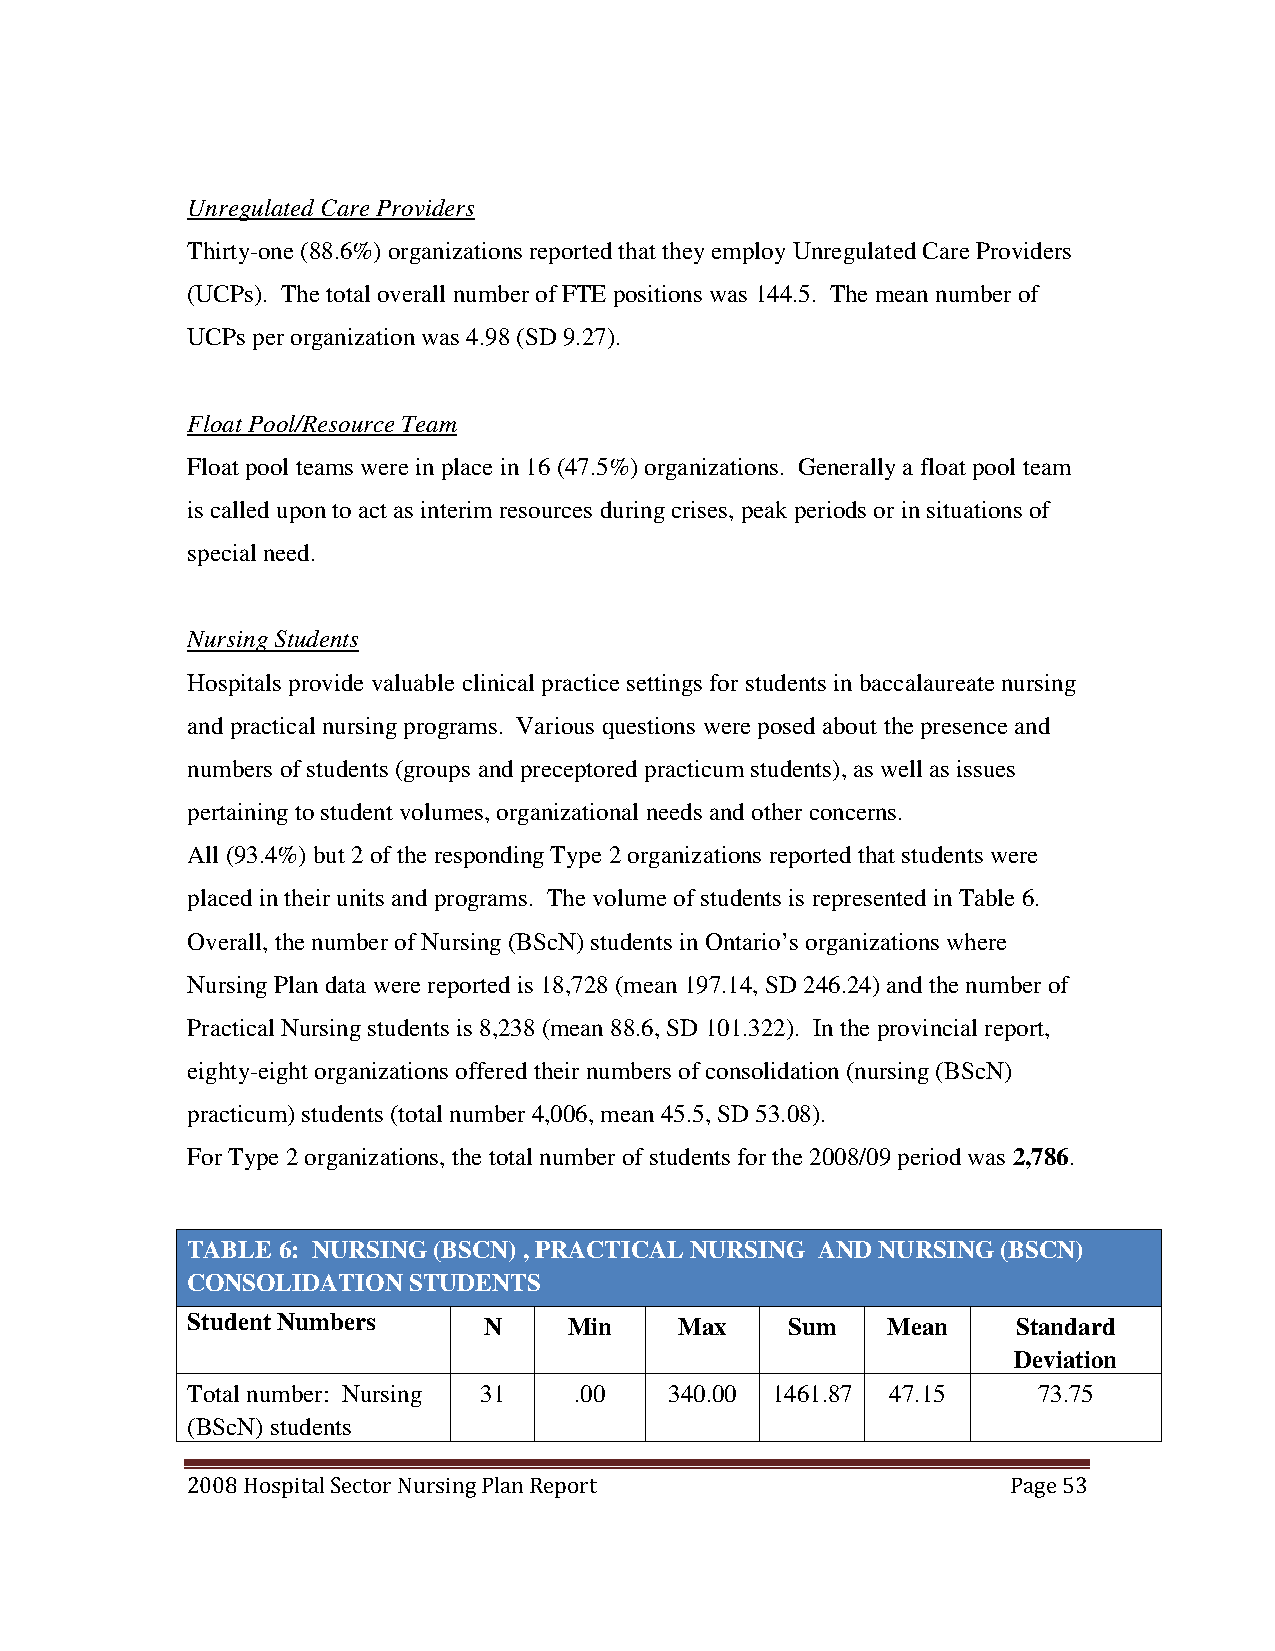
Unregulated Care Providers
 Thirty-one (88.6%) organizations reported that they employ Unregulated Care Providers
 (UCPs). The total overall number of FTE positions was 144.5. The mean number of
 UCPs per organization was 4.98 (SD 9.27).
 Float Pool/Resource Team
 Float pool teams were in place in 16 (47.5%) organizations. Generally a float pool team
 is called upon to act as interim resources during crises, peak periods or in situations of
 special need.
 Nursing Students
 Hospitals provide valuable clinical practice settings for students in baccalaureate nursing
 and practical nursing programs. Various questions were posed about the presence and
 numbers of students (groups and preceptored practicum students), as well as issues
 pertaining to student volumes, organizational needs and other concerns.
 All (93.4%) but 2 of the responding Type 2 organizations reported that students were
 placed in their units and programs. The volume of students is represented in Table 6.
 Overall, the number of Nursing (BScN) students in Ontario’s organizations where
 Nursing Plan data were reported is 18,728 (mean 197.14, SD 246.24) and the number of
 Practical Nursing students is 8,238 (mean 88.6, SD 101.322). In the provincial report,
 eighty-eight organizations offered their numbers of consolidation (nursing (BScN)
 practicum) students (total number 4,006, mean 45.5, SD 53.08).
 For Type 2 organizations, the total number of students for the 2008/09 period was 2,786.
 TABLE 6: NURSING (BSCN) , PRACTICAL NURSING AND NURSING (BSCN)
 CONSOLIDATION  STUDENTS
 Student Numbers     N     Min    Max    Sum    Mean    Standard
 Deviation
 Total number: Nursing 31  .00   340.00 1461.87 47.15     73.75
 (BScN) students
 2008 Hospital Sector Nursing Plan Report               Page 53